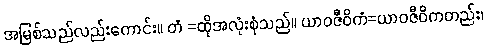
အမြစ်သည်လည်းကောင်း။ တံ =ထိုအလုံးစုံသည်။ ယာဝဇီဝိကံ=ယာဝဇီဝိကတည်း၊